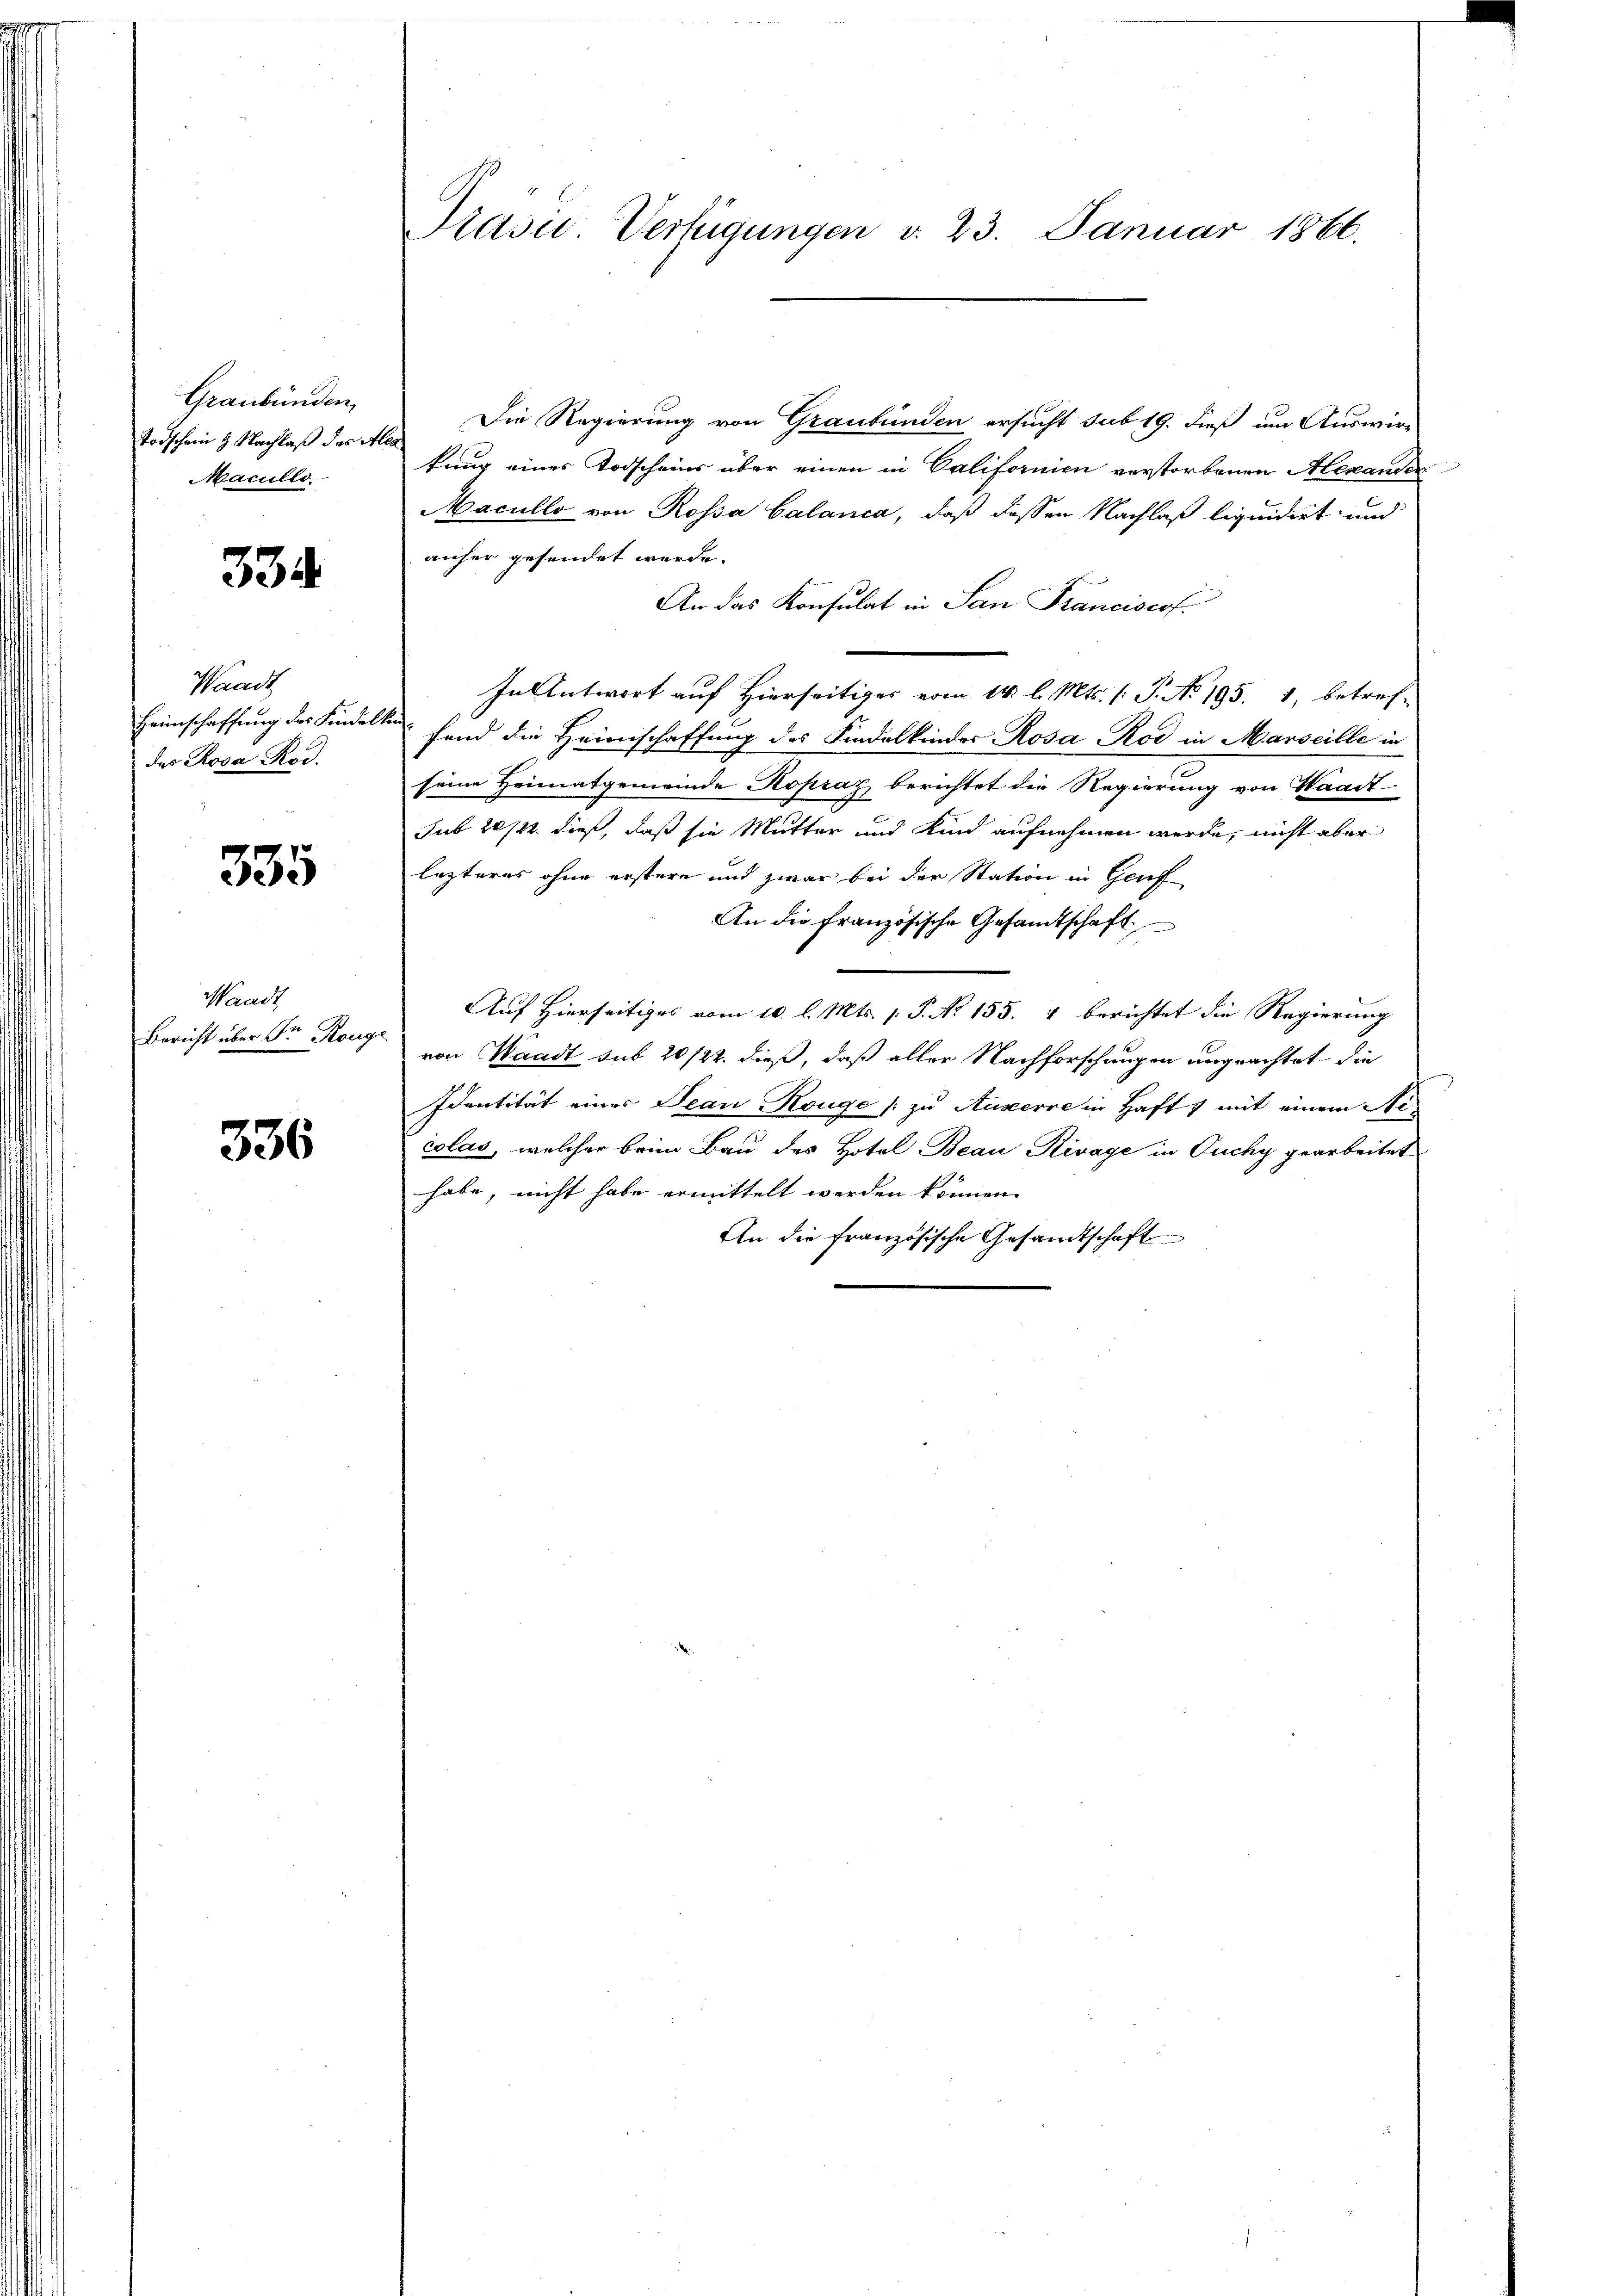
Graubünden,
Todschein 9 Nachlaß des Alex
Macullo

334

Waadt
des Rosa Rod.

335

Waadt
Bericht über Sr Könge

336

Die Regierung von Graubünden ersucht sub 19. dieß um Auswir
kung eines Todscheins über einen in Californien verstorbenen Alexanden
Macullo von Rossa Calanca, daß dessen Nachlaß liquidirt und
anher gesendet werde.
An das Konsulat in San Franciscof.
In Antwort auf Hierseitiges vom 14. l. Mts. (: P. No. 195. 1, betref-
Heimschaffung des Kindelten fand die Heimschaffung des Kindelkinder Rosa Rod in Marseille in
seine Heimatgemeinde Kopraz berichtet die Regierung von Waadt
sub 20/22. dieß, daß sie Mutter und Kind aufnehmen werde, nicht aber
lezteres ohne erstere und zwar bei der Station in Genf
An die Französische Gesandtschaft
Auf Hierseitiges vom 10. l. Mts. (T. No 155. 4 berichtet die Regierung
von Waadt sub 20/22. dieß, daß aller Nachforschungen ungeachtet die
Identität eines Deau Kouge /: zu Auxerre in Haft mit einem Sticolas, welcher beim Bau des Hotel Beau Rivage in Tuchy gearbeitet
habe, nicht habe ermittelt werden können.
An die französische Gesandtschaft

Präsid. Verfügungen d. 23. Januar 1866.